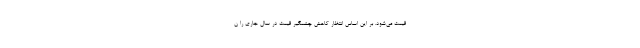
قیمت می‌شود. بر این اساس انتظار کاهش چشمگیر قیمت در سال جاری را ن